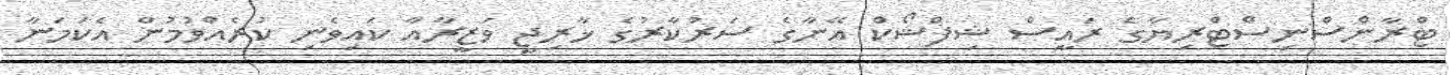
ޓްރާންސްނިސްޓްރިޔާގެ ރައީސް ޝިފްޝޯކް އޭނާގެ ސަރުކާރުގެ ޚާރިޖީ ވަޒީރާއާ ކައިވެނި ކުރެއްވުމުން އެކަމަނާ